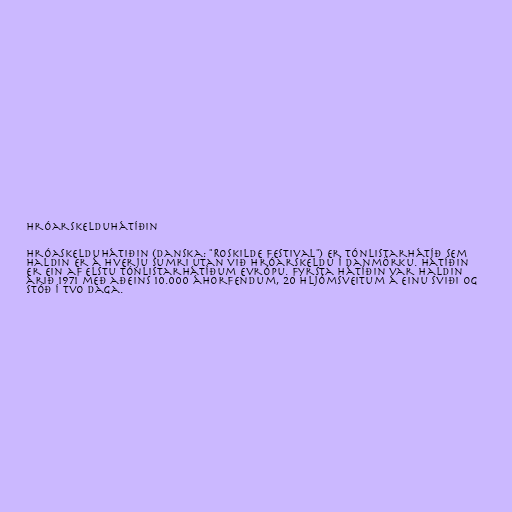
Hróarskelduhátíðin

Hróaskelduhátiðin (danska: "Roskilde Festival") er tónlistarhátíð sem
haldin er á hverju sumri utan við Hróarskeldu í Danmörku. Hátíðin
er ein af elstu tónlistarhátíðum Evrópu. Fyrsta hátíðin var haldin
árið 1971 með aðeins 10.000 áhorfendum, 20 hljómsveitum á einu sviði og
stóð í tvo daga.